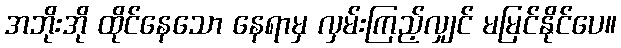
အဘိုးအို ထိုင်နေသော နေရာမှ လှမ်းကြည့်လျှင် မမြင်နိုင်ပေ။